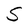
Character: S